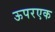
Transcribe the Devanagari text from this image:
ऊपरएक